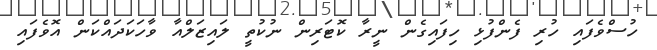
ހުސްވެފައި ހުރި ފެންފުޅި ހިފައިގެން ނީރާ ކޮޓަރިން ނުކުތީ ލައިޒަލްއާ ވާހަކަދައްކަން އޮވެފައި